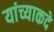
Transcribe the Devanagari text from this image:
यांच्याकदे